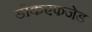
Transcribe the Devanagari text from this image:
डीकेएफजेड